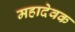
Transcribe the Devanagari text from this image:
महादेवक